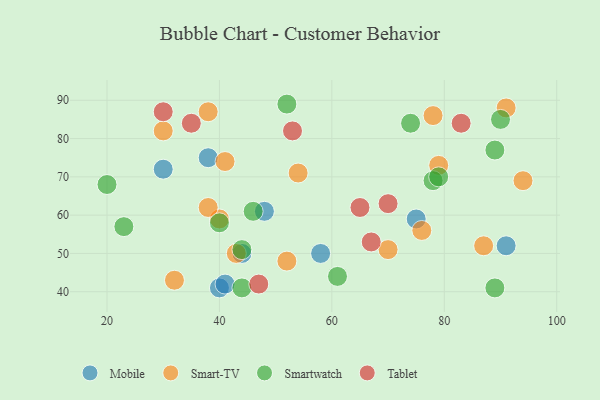
{"axis": {"x": "GDP", "y": "Life Expectancy"}, "legend": ["Mobile", "Smart-TV", "Smartwatch", "Tablet"], "data": [{"x": "75", "y": 59, "type": "Mobile"}, {"x": "44", "y": 50, "type": "Mobile"}, {"x": "48", "y": 61, "type": "Mobile"}, {"x": "58", "y": 50, "type": "Mobile"}, {"x": "91", "y": 52, "type": "Mobile"}, {"x": "40", "y": 41, "type": "Mobile"}, {"x": "30", "y": 72, "type": "Mobile"}, {"x": "38", "y": 75, "type": "Mobile"}, {"x": "41", "y": 42, "type": "Mobile"}, {"x": "52", "y": 48, "type": "Smart-TV"}, {"x": "40", "y": 59, "type": "Smart-TV"}, {"x": "78", "y": 86, "type": "Smart-TV"}, {"x": "54", "y": 71, "type": "Smart-TV"}, {"x": "91", "y": 88, "type": "Smart-TV"}, {"x": "30", "y": 82, "type": "Smart-TV"}, {"x": "87", "y": 52, "type": "Smart-TV"}, {"x": "38", "y": 87, "type": "Smart-TV"}, {"x": "38", "y": 62, "type": "Smart-TV"}, {"x": "94", "y": 69, "type": "Smart-TV"}, {"x": "43", "y": 50, "type": "Smart-TV"}, {"x": "79", "y": 73, "type": "Smart-TV"}, {"x": "76", "y": 56, "type": "Smart-TV"}, {"x": "41", "y": 74, "type": "Smart-TV"}, {"x": "70", "y": 51, "type": "Smart-TV"}, {"x": "32", "y": 43, "type": "Smart-TV"}, {"x": "46", "y": 61, "type": "Smartwatch"}, {"x": "44", "y": 41, "type": "Smartwatch"}, {"x": "78", "y": 69, "type": "Smartwatch"}, {"x": "89", "y": 77, "type": "Smartwatch"}, {"x": "90", "y": 85, "type": "Smartwatch"}, {"x": "89", "y": 41, "type": "Smartwatch"}, {"x": "23", "y": 57, "type": "Smartwatch"}, {"x": "20", "y": 68, "type": "Smartwatch"}, {"x": "40", "y": 58, "type": "Smartwatch"}, {"x": "52", "y": 89, "type": "Smartwatch"}, {"x": "74", "y": 84, "type": "Smartwatch"}, {"x": "44", "y": 51, "type": "Smartwatch"}, {"x": "79", "y": 70, "type": "Smartwatch"}, {"x": "61", "y": 44, "type": "Smartwatch"}, {"x": "83", "y": 84, "type": "Tablet"}, {"x": "30", "y": 87, "type": "Tablet"}, {"x": "67", "y": 53, "type": "Tablet"}, {"x": "35", "y": 84, "type": "Tablet"}, {"x": "65", "y": 62, "type": "Tablet"}, {"x": "70", "y": 63, "type": "Tablet"}, {"x": "47", "y": 42, "type": "Tablet"}, {"x": "53", "y": 82, "type": "Tablet"}]}